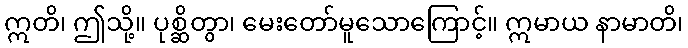
ဣတိ၊ ဤသို့။ ပုစ္ဆိတွာ၊ မေးတော်မူသောကြောင့်။ ဣမာယ နာမာတိ၊